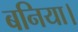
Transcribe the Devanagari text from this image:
बनिया।